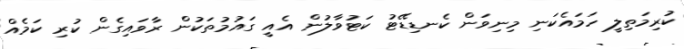
ކުރިމަތިލީ ހަމައެކަނި މިނިވަން ކެނޑިޑޭޓު ކަޓުވާލުން އެއީ ގައުމުތަކުން ރާވައިގެން ކުރި ކަމެއް